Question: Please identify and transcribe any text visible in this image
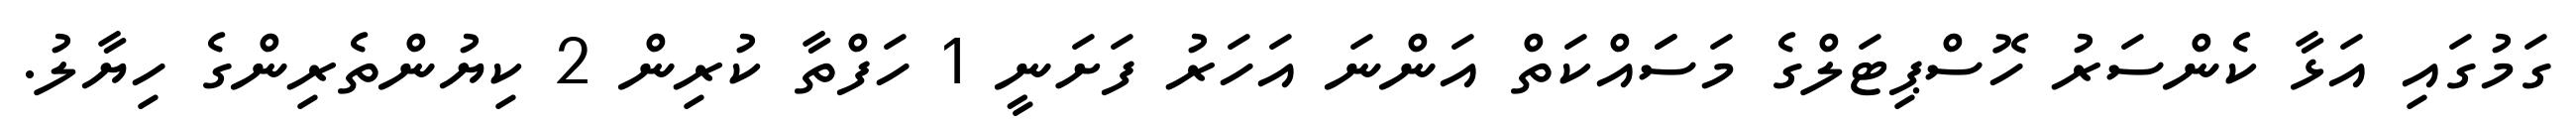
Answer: ގަމުގައި އަޅާ ކެންސަރު ހޮސްޕިޓަލްގެ މަސަައްކަތް އަންނަ އަހަރު ފަށަނީ 1 ހަފްތާ ކުރިން 2 ކިޔުންތެރިންގެ ހިޔާލު.